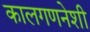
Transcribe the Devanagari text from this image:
कालगणनेशी